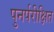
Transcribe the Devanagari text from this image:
पुनर्परीक्षित